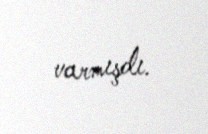
varmışdı.